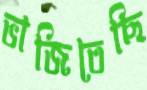
ভাজিতেছি